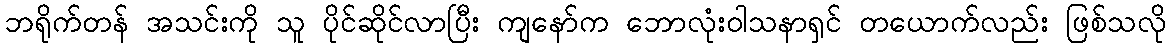
ဘရိုက်တန် အသင်းကို သူ ပိုင်ဆိုင်လာပြီး ကျနော်က ဘောလုံးဝါသနာရှင် တယောက်လည်း ဖြစ်သလို